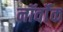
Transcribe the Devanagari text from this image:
नॉर्वॉक